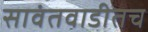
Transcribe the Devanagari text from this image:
सावंतवाडीतच